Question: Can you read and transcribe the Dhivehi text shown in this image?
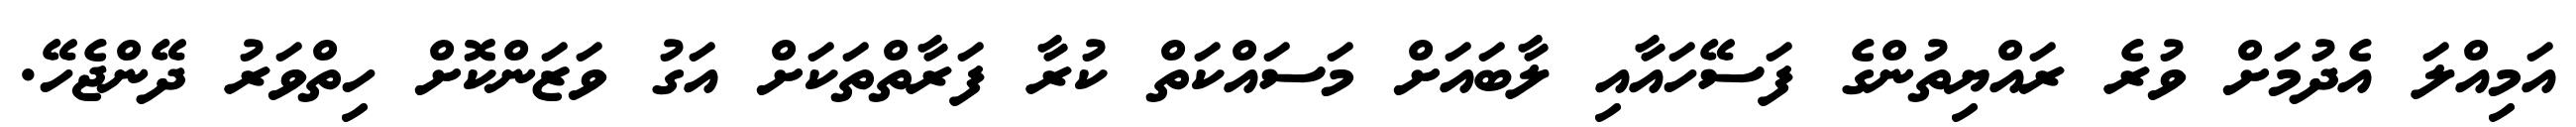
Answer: އަމިއްލަ އެދުމަށް ވުރެ ރައްޔިތުންގެ ފަސޭހައާއި ލާބައަށް މަސައްކަތް ކުރާ ފަރާތްތަކަށް އަގު ވަޒަންކޮށް ހިތްވަރު ދޭންޖެހޭ.